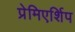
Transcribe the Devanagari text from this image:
प्रेमिएर्शिप